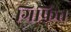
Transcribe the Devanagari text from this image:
ग्रिफित